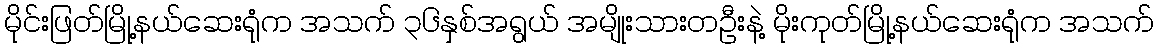
မိုင်းဖြတ်မြို့နယ်ဆေးရုံက အသက် ၃၆နှစ်အရွယ် အမျိုးသားတဦးနဲ့ မိုးကုတ်မြို့နယ်ဆေးရုံက အသက်